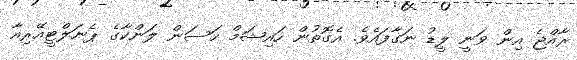
ރާއްޖެ އިން ވަނީ ލީޑު ނަގާފައެވެ. އެގޮތުން ހައިޝަމް ހަސަން ލަންކާގެ ޕެނަލްޓީއޭރިއާ